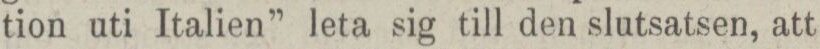
tion uti Italien” leta sig till den slutsatsen, att